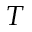
T